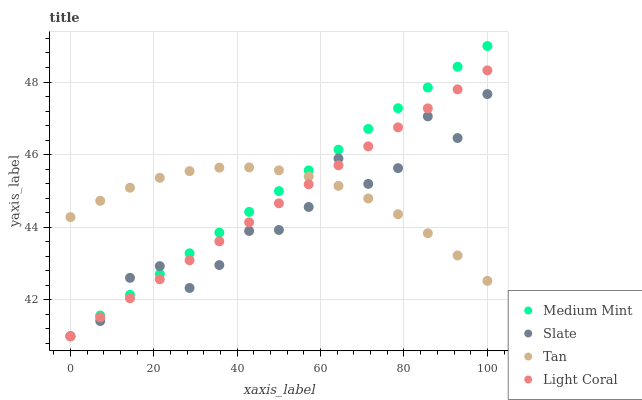
| xaxis_label | Medium Mint | Slate | Tan | Light Coral |
 | --- | --- | --- | --- | --- |
 | 0 | 41 | 41 | 44.3 | 41 |
 | 7.14 | 41.6 | 41.4 | 44.7 | 41.5 |
 | 14.3 | 42.1 | 42.6 | 45.1 | 42 |
 | 21.4 | 42.7 | 42.9 | 45.4 | 42.6 |
 | 28.6 | 43.3 | 42.3 | 45.5 | 43.1 |
 | 35.7 | 43.9 | 43 | 45.6 | 43.6 |
 | 42.9 | 44.4 | 43.9 | 45.6 | 44.1 |
 | 50 | 45 | 43.9 | 45.6 | 44.7 |
 | 57.1 | 45.6 | 44.6 | 45.4 | 45.2 |
 | 64.3 | 46.1 | 45.9 | 45.1 | 45.7 |
 | 71.4 | 46.7 | 45.2 | 44.8 | 46.2 |
 | 78.6 | 47.3 | 45.6 | 44.4 | 46.8 |
 | 85.7 | 47.8 | 47.1 | 43.8 | 47.3 |
 | 92.9 | 48.4 | 46.5 | 43.2 | 47.8 |
 | 100 | 49 | 47.7 | 42.5 | 48.3 |